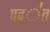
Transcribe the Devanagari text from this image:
पव॑त